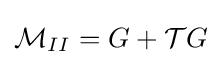
{\mathcal {M}}_{II}=G+{\mathcal {T}}G